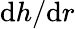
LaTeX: \mathrm{d}h/\mathrm{d}r